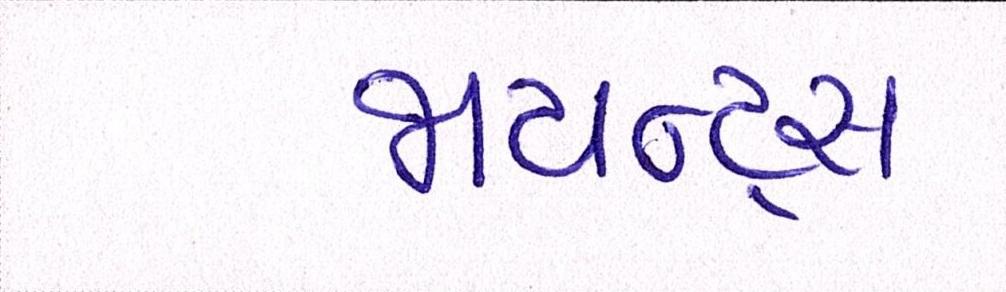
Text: જાયન્ટસ